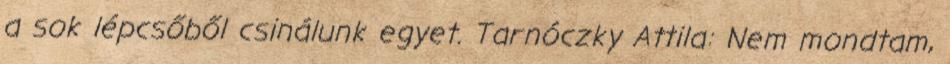
a sok lépcsőből csinálunk egyet. Tarnóczky Attila: Nem mondtam,